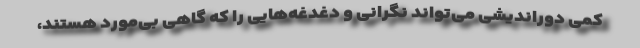
كمی دوراندیشی می‌تواند نگرانی و دغدغه‌هایی را كه گاهی بی‌مورد هستند،